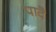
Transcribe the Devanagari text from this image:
पादै